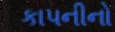
કાપનીનો